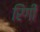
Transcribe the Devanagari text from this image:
रिंगी